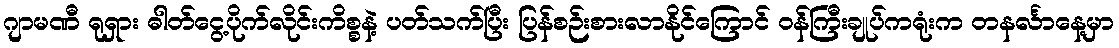
ဂျာမဏီ ရုရှား ဓါတ်ငွေ့ပိုက်လိုင်းကိစ္စနဲ့ ပတ်သက်ပြီး ပြန်စဉ်းစားလာနိုင်ကြောင် ဝန်ကြီးချုပ်ကရုံးက တနင်္လာနေ့မှာ